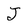
Character: J